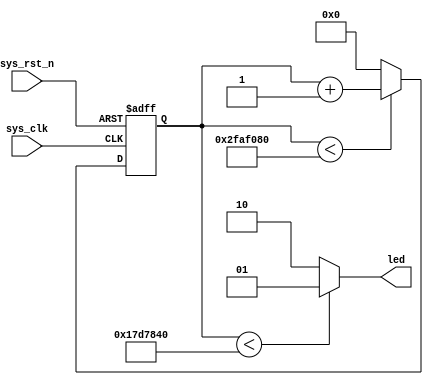
module led_twinkle(
    input       sys_clk,
    input       sys_rst_n,

    output[1:0] led
);

reg [25:0]   cnt;

assign led = (cnt < 26'd2500_0000) ? 2'b01 : 2'b10;

always @ (posedge sys_clk or negedge sys_rst_n) begin
    if(!sys_rst_n)
        cnt <= 26'd0;
    else if(cnt < 26'd5000_0000)
        cnt <= cnt + 1'b1;
    else
        cnt <= 26'd0; 
end

endmodule